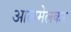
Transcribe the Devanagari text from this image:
आलमेलकर